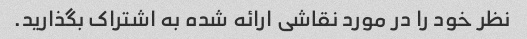
نظر خود را در مورد نقاشی ارائه شده به اشتراک بگذارید.